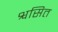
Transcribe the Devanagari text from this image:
श्वसित